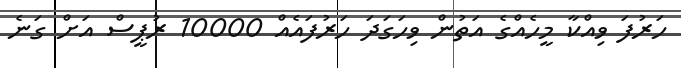
ހަރުފަ ވިއްކާ މީހެއްގެ އަތުން ވިހަގަދަ ހަރުފައެއް 10000 ރުޕީސް އަށް ގަނެ